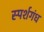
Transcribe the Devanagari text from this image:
स्पर्शगंध